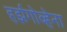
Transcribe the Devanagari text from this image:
हर्झगोव्हेना